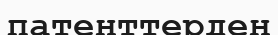
патенттерден